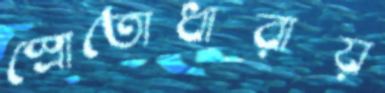
স্রোতোধারায়